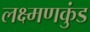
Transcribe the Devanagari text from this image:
लक्ष्मणकुंड